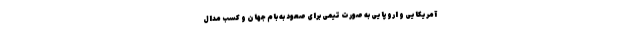
آمریکایی و اروپایی به صورت تیمی برای صعود به بام جهان و کسب مدال